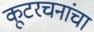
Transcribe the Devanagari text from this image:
कूटरचनांचा